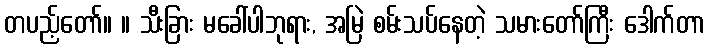
တပည့်တော်။ ။ သီးခြား မခေါ်ပါဘုရား, အမြဲ စမ်းသပ်နေတဲ့ သမားတော်ကြီး ဒေါက်တာ